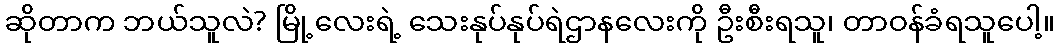
ဆိုတာက ဘယ်သူလဲ? မြို့လေးရဲ့ သေးနုပ်နုပ်ရဲဌာနလေးကို ဦးစီးရသူ၊ တာဝန်ခံရသူပေါ့။